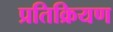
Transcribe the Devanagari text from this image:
प्रतिक्रियण